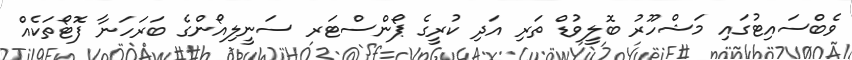
ވެބްސައިޓުގައި މަޝްހޫރު ބޮލީވުޑް ތަރި އަދި ކުރީގެ ޕޯންސްޓަރ ސަނީލިއޯންގެ ބަރަހަނާ ފޮޓޯތަކެއް